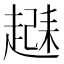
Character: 𬦗